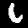
Digit: 6